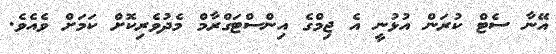
އޭނާ ސެޓް ކުރަން އުޅުނީ އެ ޖިމްގެ އިންސްޓަގްރާމް މެދުވެރިކޮށް ކަމަށް ވެއެވެ.